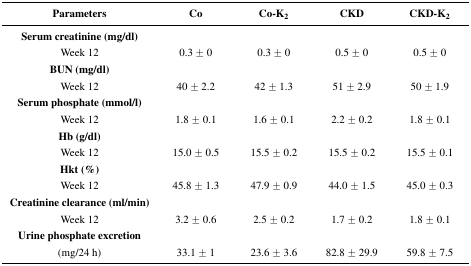
<table><thead><tr><td><b>Parameters</b></td><td><b>Co</b></td><td><b>Co-K<sub>2</sub></b></td><td><b>CKD</b></td><td><b>CKD-K<sub>2</sub></b></td></tr></thead><tbody><tr><td><b>Serum creatinine (mg/dl)</b></td><td></td><td></td><td></td><td></td></tr><tr><td>Week 12</td><td>0.3 ± 0</td><td>0.3 ± 0</td><td>0.5 ± 0</td><td>0.5 ± 0</td></tr><tr><td><b>BUN (mg/dl)</b></td><td></td><td></td><td></td><td></td></tr><tr><td>Week 12</td><td>40 ± 2.2</td><td>42 ± 1.3</td><td>51 ± 2.9</td><td>50 ± 1.9</td></tr><tr><td><b>Serum phosphate (mmol/l)</b></td><td></td><td></td><td></td><td></td></tr><tr><td>Week 12</td><td>1.8 ± 0.1</td><td>1.6 ± 0.1</td><td>2.2 ± 0.2</td><td>1.8 ± 0.1</td></tr><tr><td><b>Hb (g/dl)</b></td><td></td><td></td><td></td><td></td></tr><tr><td>Week 12</td><td>15.0 ± 0.5</td><td>15.5 ± 0.2</td><td>15.5 ± 0.2</td><td>15.5 ± 0.1</td></tr><tr><td><b>Hkt (%)</b></td><td></td><td></td><td></td><td></td></tr><tr><td>Week 12</td><td>45.8 ± 1.3</td><td>47.9 ± 0.9</td><td>44.0 ± 1.5</td><td>45.0 ± 0.3</td></tr><tr><td><b>Creatinine clearance (ml/min)</b></td><td></td><td></td><td></td></tr><tr><td>Week 12</td><td>3.2 ± 0.6</td><td>2.5 ± 0.2</td><td>1.7 ± 0.2</td><td>1.8 ± 0.1</td></tr><tr><td><b>Urine phosphate excretion</b></td><td></td><td></td><td></td><td></td></tr><tr><td>(mg/24 h)</td><td>33.1 ± 1</td><td>23.6 ± 3.6</td><td>82.8 ± 29.9</td><td>59.8 ± 7.5</td></tr></tbody></table>